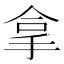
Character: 拿